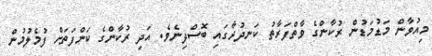
މިއުވާން މަޑުމަޑުން ރުކާންގެ ވާތްފަރާތު ކަނދުރާގައި ބޮސްދިނެވެ. އަދި ރުކާންގެ ކަންފަތަށް ފުމެލުމުން